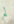
لم